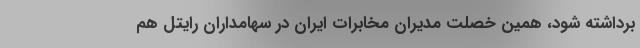
برداشته شود، همین خصلت مدیران مخابرات ایران در سهامداران رایتل هم